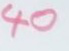
40